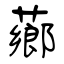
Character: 薌